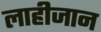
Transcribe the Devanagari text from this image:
लाहीजान